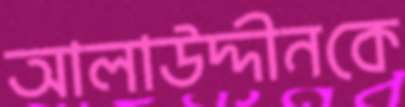
আলাউদ্দীনকে